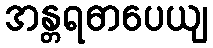
အန္တရဓာပေယျ